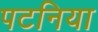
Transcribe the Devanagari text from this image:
पटनिया